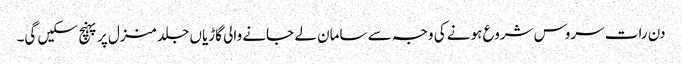
دن رات سروس شروع ہونے کی وجہ سے سامان لے جانے والی گاڑیاں جلد منزل پر پہنچ سکیں گی۔